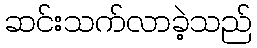
ဆင်းသက်လာခဲ့သည်